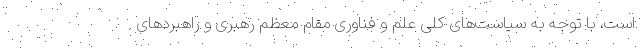
است، با توجه به سیاست‌های کلی علم و فناوری مقام معظم رهبری و راهبردهای